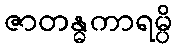
ဇာတန္ဓကာရမ္ပိ